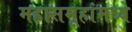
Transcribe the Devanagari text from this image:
महासमूहांमध्ये